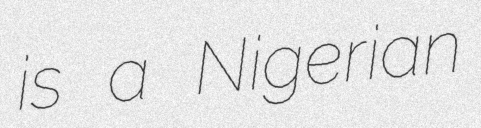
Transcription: is a Nigerian